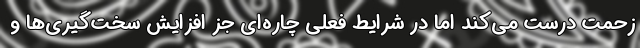
زحمت درست می‌کند اما در شرایط فعلی چاره‌ای جز افزایش سخت‌گیری‌ها و